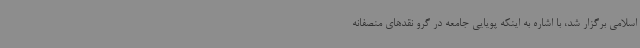
اسلامی برگزار شد، با اشاره به اینکه پویایی جامعه در گرو نقدهای منصفانه